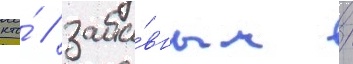
кто́ / заба́вным /